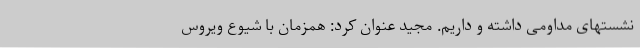
نشستهای مداومی داشته و داریم. مجید عنوان کرد: همزمان با شیوع ویروس